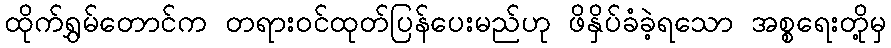
ထိုက်ရွှမ်တောင်က တရားဝင်ထုတ်ပြန်ပေးမည်ဟု ဖိနှိပ်ခံခဲ့ရသော အစ္စရေးတို့မှ